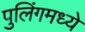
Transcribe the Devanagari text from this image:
पुलिंगमध्ये